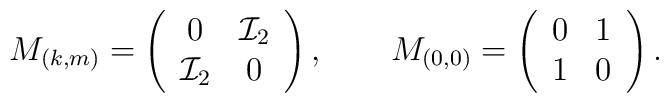
M_{(k,m)}= \left(\begin{array}{cc}  0 & {\cal I}_2 \\  {\cal I}_2 & 0\end{array}\right), \qquad M_{(0,0)}= \left(\begin{array}{cc}  0 & 1 \\  1 & 0\end{array}\right).